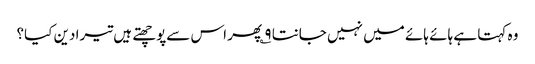
وہ کہتا ہے ہائے ہائے میں نہیں جانتا ۹؎ پھر اس سےپوچھتے ہیں تیرا دین کیا؟